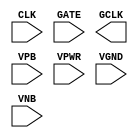
module sky130_fd_sc_ls__dlclkp (
    //# {{clocks|Clocking}}
    input  CLK ,
    input  GATE,
    output GCLK,

    //# {{power|Power}}
    input  VPB ,
    input  VPWR,
    input  VGND,
    input  VNB
);
endmodule